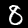
Label: 8